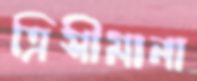
ত্রিসীমানা